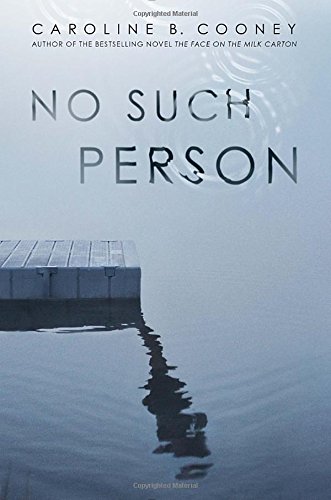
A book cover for No Such Person; Caroline B. Cooney; Teen & Young Adult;